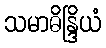
သမာဓိန္ဒြိယံ